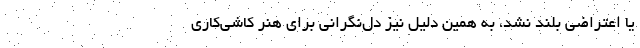
یا اعتراضی بلند نشد، به همین دلیل نیز دل‌نگرانی برای هنر کاشی‌کاری